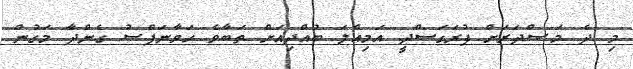
މި ދެ މަޞްދަރަށް ފުރަގަސްދީ އަމިއްލަ ބުއްދިއަށް ތަބާވެ ހަވާނަފްސު ގެންދާ މަގުން